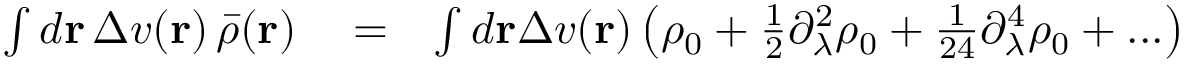
\begin{array} { r l r } { \int d { \bf r } \, \Delta v ( { \bf r } ) \, \bar { \rho } ( { \bf r } ) } & { { } = } & { \int d { \bf r } \Delta v ( { \bf r } ) \left( \rho _ { 0 } + \frac { 1 } { 2 } \partial _ { \lambda } ^ { 2 } \rho _ { 0 } + \frac { 1 } { 2 4 } \partial _ { \lambda } ^ { 4 } \rho _ { 0 } + . . . \right) } \end{array}